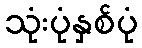
သုံးပုံနှစ်ပုံ